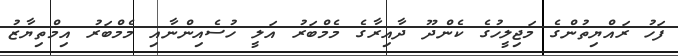
ފަހު ރައްޔިތުންގެ މަޖިލީހުގެ ކެންދޫ ދާއިރާގެ މެމްބަރު އަލީ ހުސެއިންނާއި މެމްބަރު އިމްތިޔާޒު